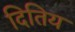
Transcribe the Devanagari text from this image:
दितिय